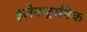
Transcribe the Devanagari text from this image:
इलेकट्रानिक